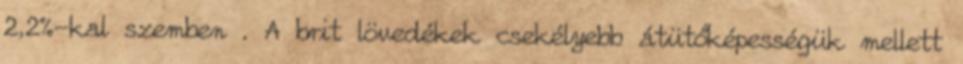
2,2%-kal szemben . A brit lövedékek csekélyebb átütőképességük mellett